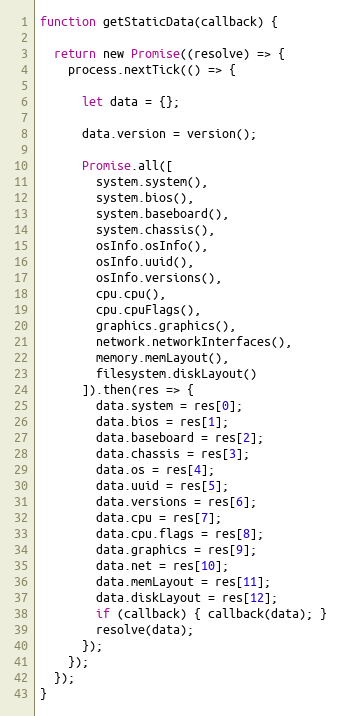
Language: JavaScript
function getStaticData(callback) {

  return new Promise((resolve) => {
    process.nextTick(() => {

      let data = {};

      data.version = version();

      Promise.all([
        system.system(),
        system.bios(),
        system.baseboard(),
        system.chassis(),
        osInfo.osInfo(),
        osInfo.uuid(),
        osInfo.versions(),
        cpu.cpu(),
        cpu.cpuFlags(),
        graphics.graphics(),
        network.networkInterfaces(),
        memory.memLayout(),
        filesystem.diskLayout()
      ]).then(res => {
        data.system = res[0];
        data.bios = res[1];
        data.baseboard = res[2];
        data.chassis = res[3];
        data.os = res[4];
        data.uuid = res[5];
        data.versions = res[6];
        data.cpu = res[7];
        data.cpu.flags = res[8];
        data.graphics = res[9];
        data.net = res[10];
        data.memLayout = res[11];
        data.diskLayout = res[12];
        if (callback) { callback(data); }
        resolve(data);
      });
    });
  });
}